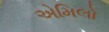
એમિલો